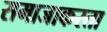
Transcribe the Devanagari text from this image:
समाजाकरता